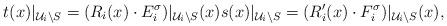
LaTeX: \begin{align*}t(x)\vert_{\mathcal{U}_i \setminus S}=(R_i(x) \cdot E_i^\sigma) \vert_{\mathcal{U}_i \setminus S}(x) s(x)\vert_{\mathcal{U}_i \setminus S}=(R_i'(x) \cdot F_i^\sigma) \vert_{\mathcal{U}_i \setminus S}(x), \end{align*}